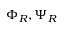
\Phi _ { R } , \Psi _ { R }